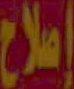
إصلاح